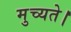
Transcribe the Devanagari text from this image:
मुच्यते।